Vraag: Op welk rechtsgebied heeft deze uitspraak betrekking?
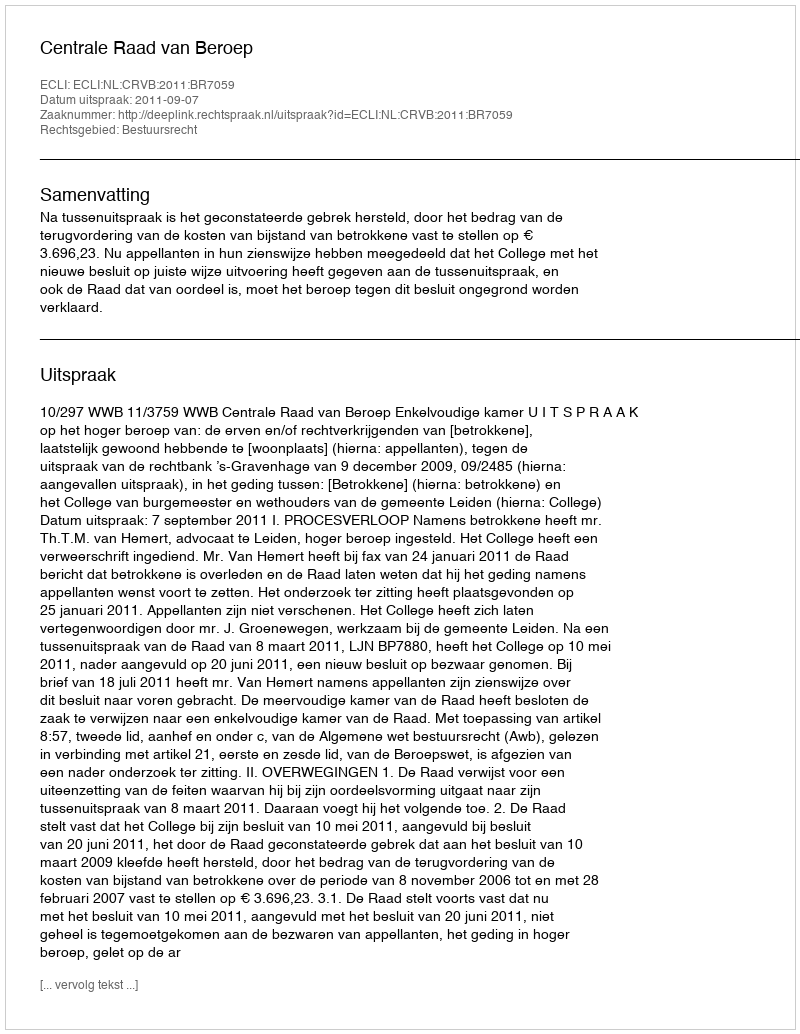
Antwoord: Bestuursrecht